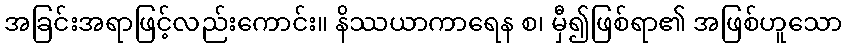
အခြင်းအရာဖြင့်လည်းကောင်း။ နိဿယာကာရေန စ၊ မှီ၍ဖြစ်ရာ၏ အဖြစ်ဟူသော